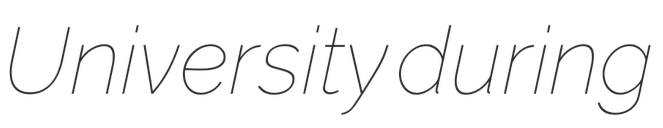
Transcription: University during